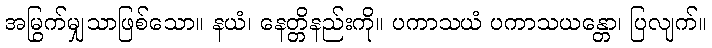
အမြွက်မျှသာဖြစ်သော။ နယံ၊ နေတ္တိနည်းကို။ ပကာသယံ ပကာသယန္တော၊ ပြလျက်။